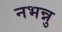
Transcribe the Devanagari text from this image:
नभन्नु